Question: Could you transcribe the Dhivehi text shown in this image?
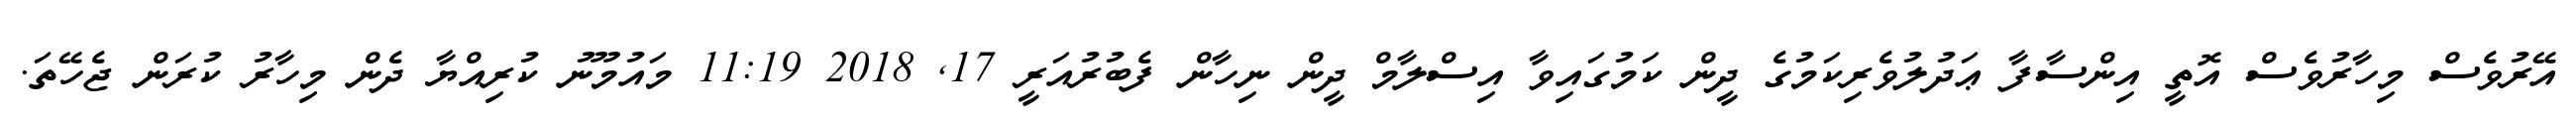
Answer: އޭރުވެސް މިހާރުވެސް އޮތީ އިންސާފާ ޢަދުލުވެރިކަމުގެ ދީން ކަމުގައިވާ އިސްލާމް ދީން ނިހާން ފެބުރުއަރީ 17, 2018 11:19 މައުމޫނު ކުރިއްޔާ ދެން މިހާރު ކުރަން ޖެހޭތަ.